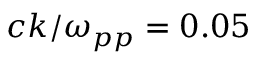
c k / \omega _ { p p } = 0 . 0 5